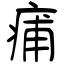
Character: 痡